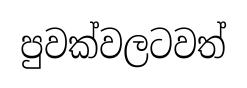
පුවක්වලටවත්